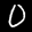
Label: 0